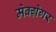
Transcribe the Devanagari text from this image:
मेक्ग्रेगर